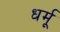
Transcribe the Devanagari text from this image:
धर्मू